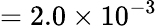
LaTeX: =2.0\times 10^{-3}